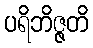
ပရိဘိဇ္ဇတိ